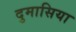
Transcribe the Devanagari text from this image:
दुमासिया